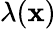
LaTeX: \lambda(\mathbf{x})